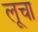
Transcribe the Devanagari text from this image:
लूचा